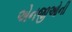
એનજીઓની